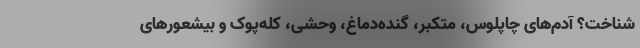
شناخت؟ آدم‌های چاپلوس، متکبر، گنده‌دماغ، وحشی، کله‌پوک و بیشعورهای